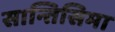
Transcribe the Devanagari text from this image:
सान्तिसिमा